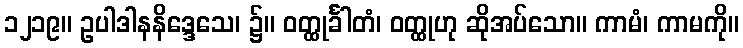
၁၂၁၉။ ဥပါဒါနနိဒ္ဒေသေ၊ ၌။ ဝတ္ထုင်္ခါတံ၊ ဝတ္ထုဟု ဆိုအပ်သော။ ကာမံ၊ ကာမကို။